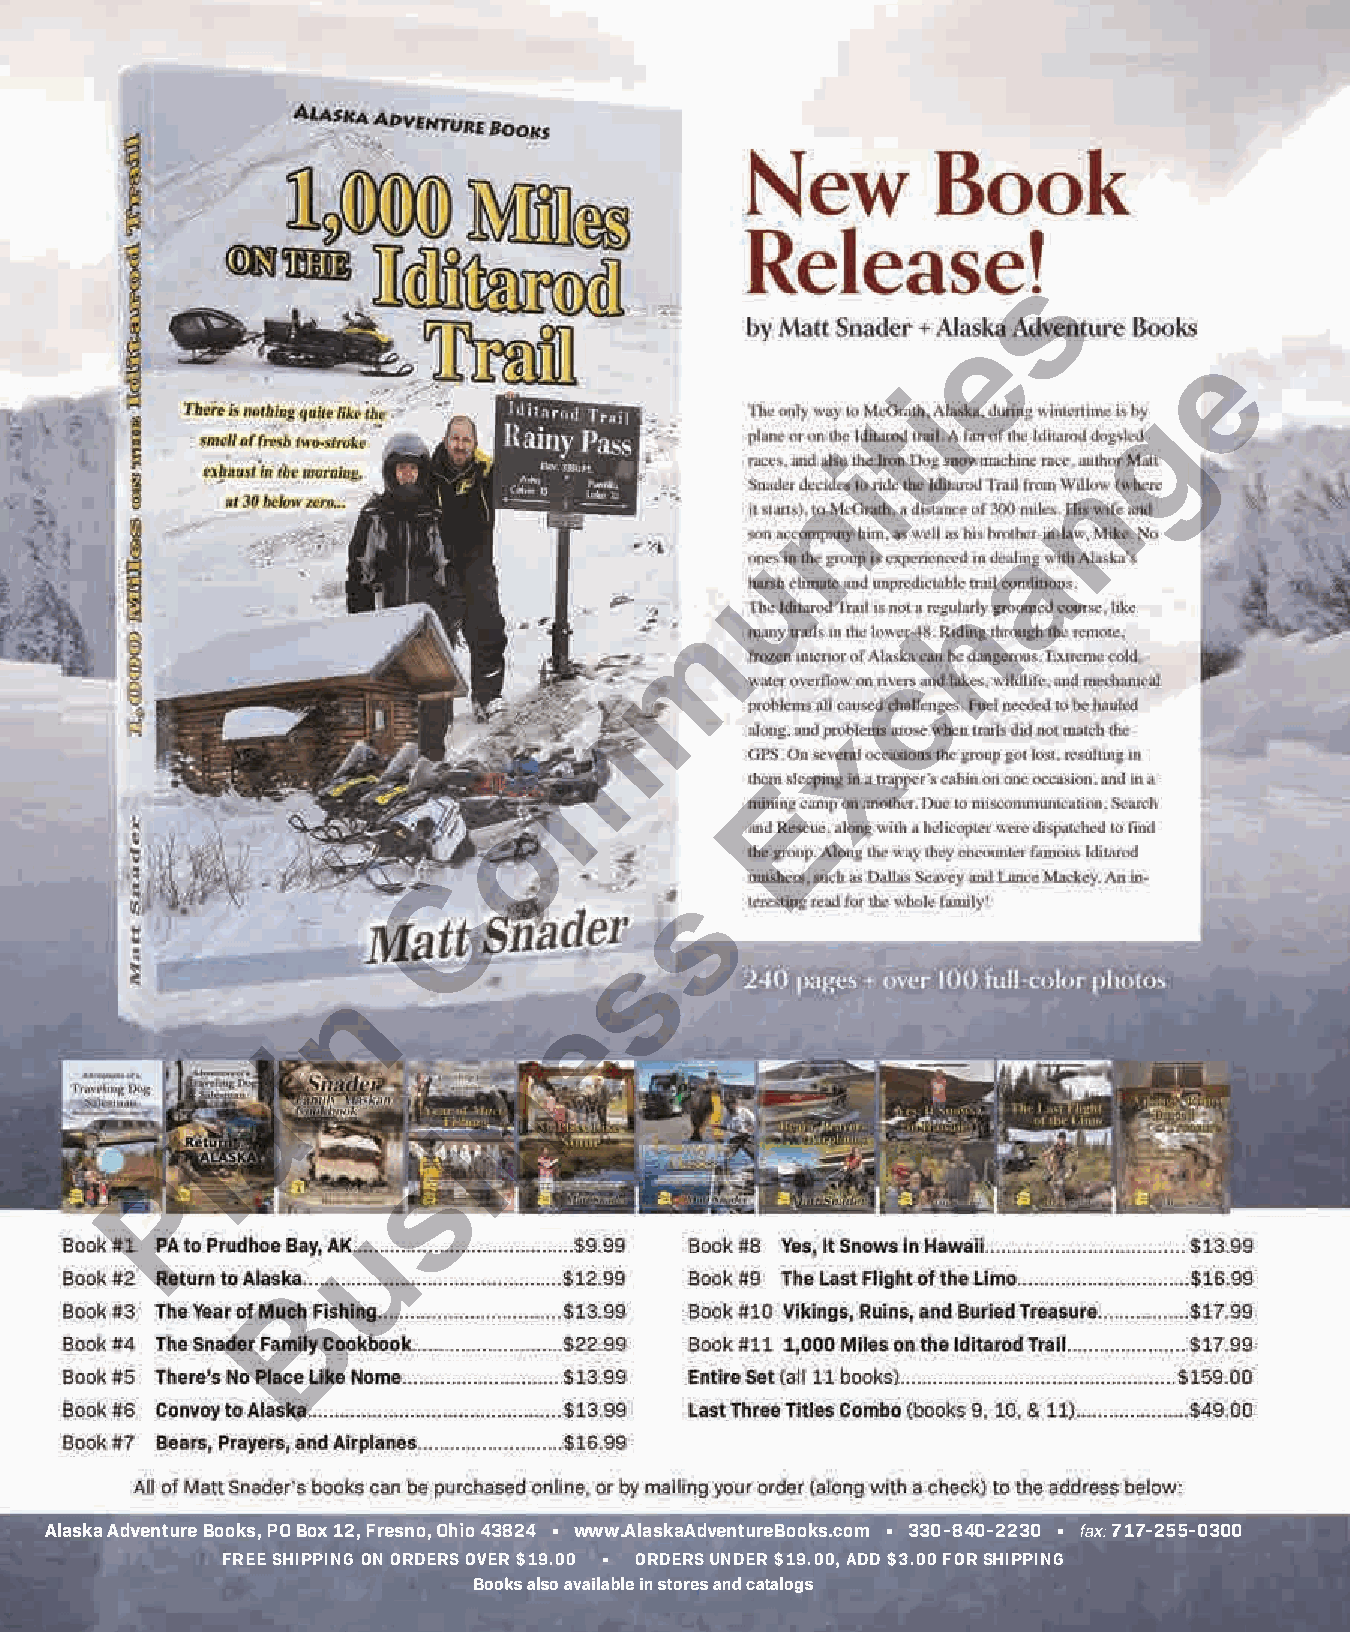
s
 e
 e
 i
 g
 t
 i
 n
 n
 a
 u
 h
 m
 c
 m
 x
 E
 o
 C
 s
 s
 n
 e
 i
 n
 a
 i
 l
 s
 P
 u
 B
 Alaska Adventure Books, PO Box 12, Fresno, Ohio 43824 • www.AlaskaAdventureBooks.com • 330-840-2230 • fax: 717-25 5-0300
 FREE SHIPPING ON ORDERS OVER $19.00 • ORDERS UNDER $19.00, ADD $3.00 FOR SHIPPING
 Books also available in stores and catalogs
 144  December 2021 |